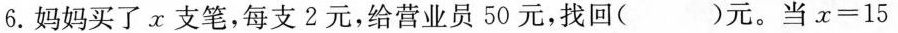
6.妈妈买了 x 支笔，每支 2 元，给营业员 50 元，找回( )元。当 $$x = 1 5$$